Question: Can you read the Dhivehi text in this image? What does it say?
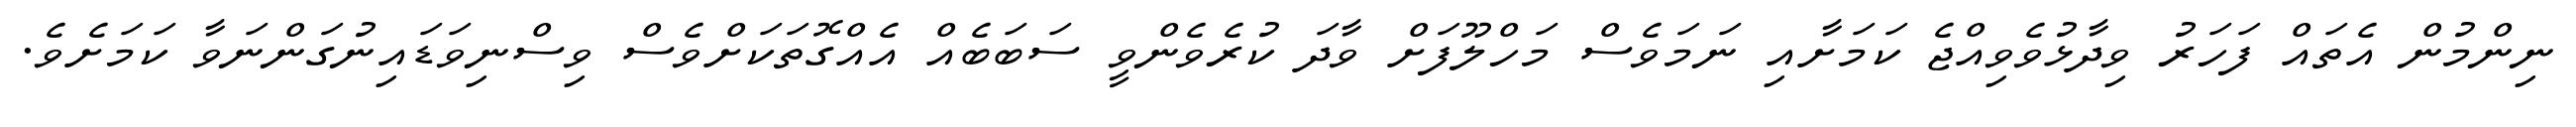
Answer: ނިންމުން އެތައް ފަހަރު ވިދާޅުވެވިއްޖެ ކަމަށާއި ނަމަވެސް މަހްލޫފަށް ވާދަ ކުރެވެންވީ ސަބަބެއް އެއްގޮތަކަށްވެސް ވިސްނިވަޑައިނުގަންނަވާ ކަމަށެވެ.